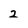
Character: 2